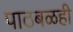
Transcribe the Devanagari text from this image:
पाठबळही